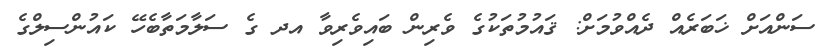
ސަންއަށް ޚަބަރެއް ދެއްވުމަށް: ޤައުމުތަކުގެ ވެރިން ބައިވެރިވާ އދ ގެ ސަލާމަތާބެހޭ ކައުންސިލްގެ